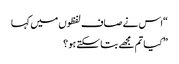
“اس نے صاف لفظوں میں کہا
” کیا تم مجھے بتا سکتے ہو ؟